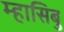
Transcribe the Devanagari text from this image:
म्हासिबु